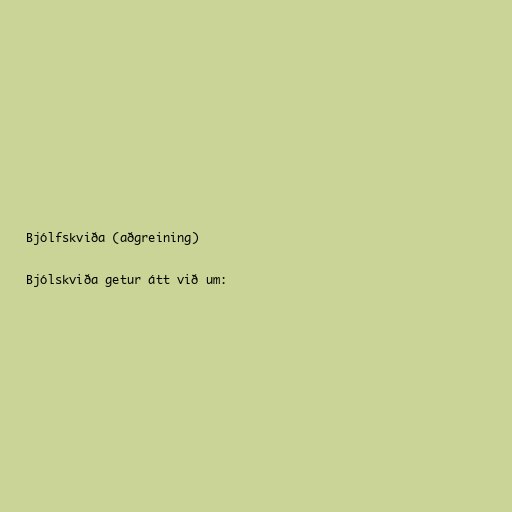
Bjólfskviða (aðgreining)

Bjólskviða getur átt við um: